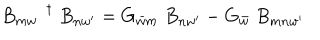
B _ { m w } ^ { \dagger } \; B _ { n w ^ { \prime } } = G _ { \bar { w } m } \; B _ { n w ^ { \prime } } - G _ { \bar { w } } \; B _ { m n w ^ { \prime } }